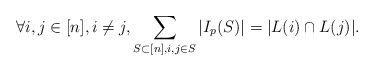
\begin{align*} \forall i,j\in [n], i\ne j, \sum_{S\subset [n], i,j \in S}|I_p(S)| =|L(i)\cap L(j)|.\end{align*}